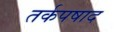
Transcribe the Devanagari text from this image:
तर्कपषाद